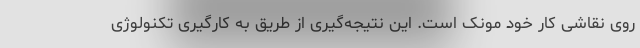
روی نقاشی کار خود مونک است. این نتیجه‌گیری از طریق به کارگیری تکنولوژی